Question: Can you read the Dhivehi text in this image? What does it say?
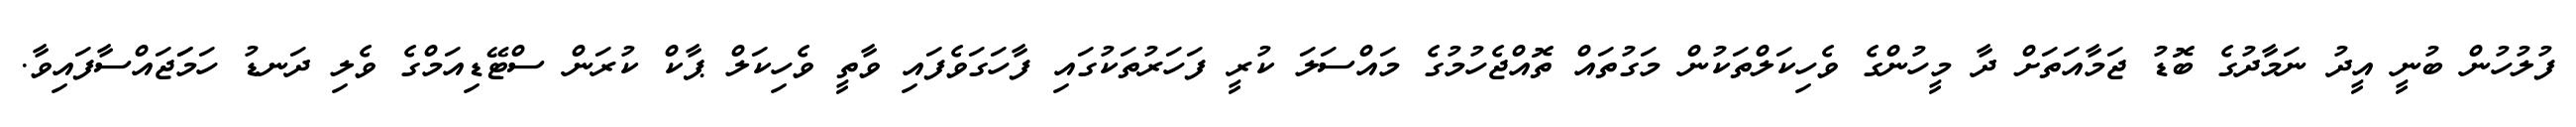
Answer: ފުލުހުން ބުނީ އީދު ނަމާދުގެ ބޮޑު ޖަމާއަތަށް ދާ މީހުންގެ ވެހިކަލްތަކުން މަގުތައް ތޮއްޖެހުމުގެ މައްސަލަ ކުރީ ފަހަރުތަކުގައި ފާހަގަވެފައި ވާތީ ވެހިކަލް ޕާކް ކުރަން ސްޓޭޑިއަމްގެ ވެލި ދަނޑު ހަމަަޖައްސާފައިވާ.